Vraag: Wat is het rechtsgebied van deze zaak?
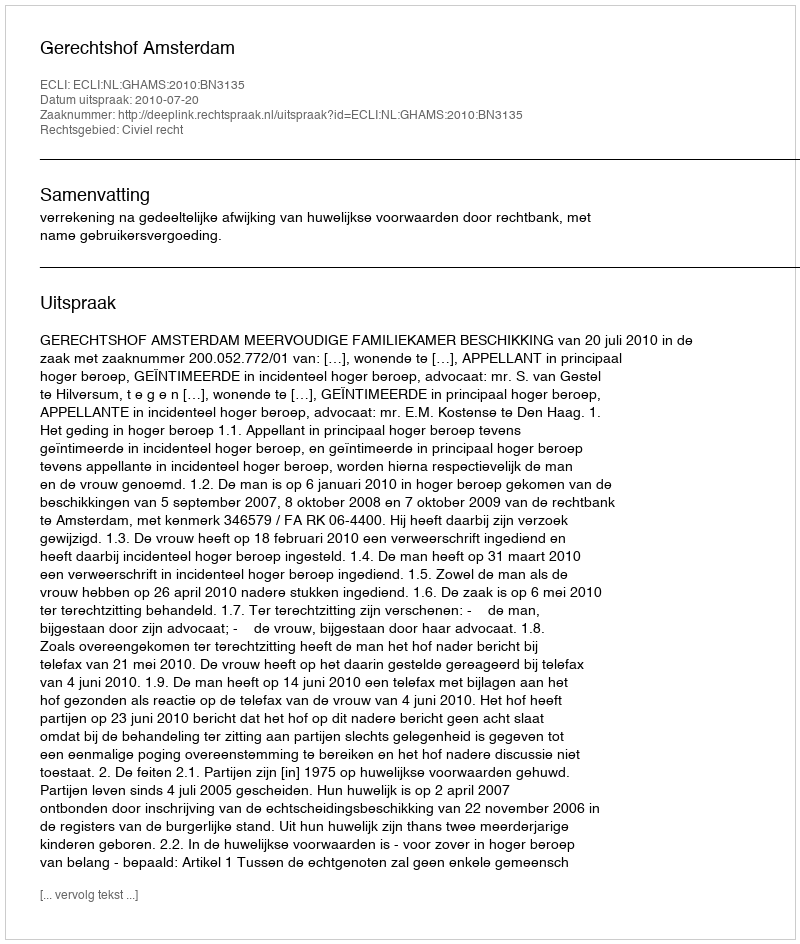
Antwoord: Civiel recht